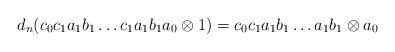
LaTeX: \begin{align*}d_n(c_0c_1a_1b_1 \dots c_1a_1b_1a_0 \otimes 1) = c_0c_1a_1b_1 \dots a_1b_1 \otimes a_0\end{align*}